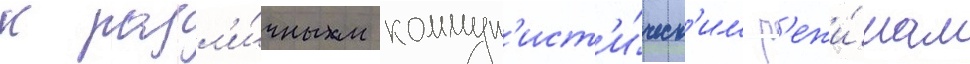
к разл'и́чным коммун'ист'и́ческ'им р'ежи́мам